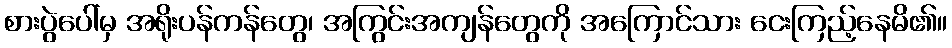
စားပွဲပေါ်မှ အရိုးပန်ကန်တွေ၊ အကြွင်းအကျန်တွေကို အကြောင်သား ငေးကြည့်နေမိ၏။